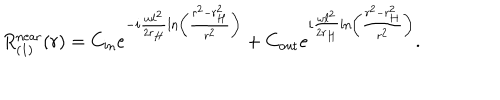
R _ { ( 1 ) } ^ { \mathrm { n e a r } } ( r ) = C _ { \mathrm { i n } } e ^ { - i \frac { \omega \ell ^ { 2 } } { 2 r _ { H } } \ln \left( \frac { r ^ { 2 } - r _ { H } ^ { 2 } } { r ^ { 2 } } \right) } + C _ { \mathrm { o u t } } e ^ { i \frac { \omega \ell ^ { 2 } } { 2 r _ { H } } \ln \left( \frac { r ^ { 2 } - r _ { H } ^ { 2 } } { r ^ { 2 } } \right) } .